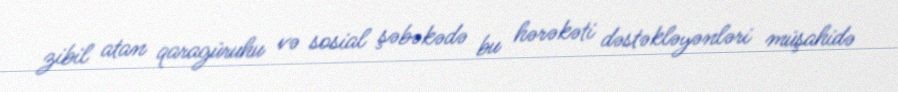
zibil atan qaragüruhu və sosial şəbəkədə bu hərəkəti dəstəkləyənləri müşahidə